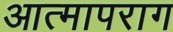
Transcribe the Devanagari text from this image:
आत्मापराग